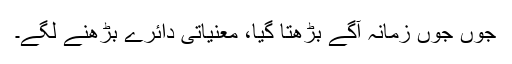
جوں جوں زمانہ آگے بڑھتا گیا، معنیاتی دائرے بڑھنے لگے۔